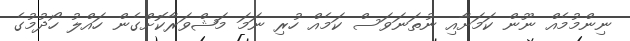
ނިންމުމެއް ނޫން ކަމަށާއި ނުތަނަވަސް ކަމެއް ހުރި ނަމަ މަޝްވަރާކޮށްގެން ހައްލު ހޯދުމުގެ